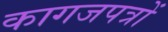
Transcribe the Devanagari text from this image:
कागजपत्रों